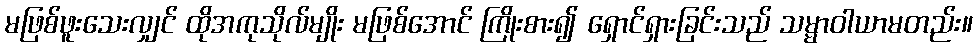
မဖြစ်ဖူးသေးလျှင် ထိုအကုသိုလ်မျိုး မဖြစ်အောင် ကြိုးစား၍ ရှောင်ရှားခြင်းသည် သမ္မာဝါယာမတည်း။